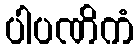
ပါပဏိကံ